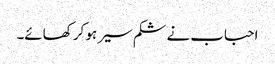
احباب نے شکم سیر ہو کر کھائے۔